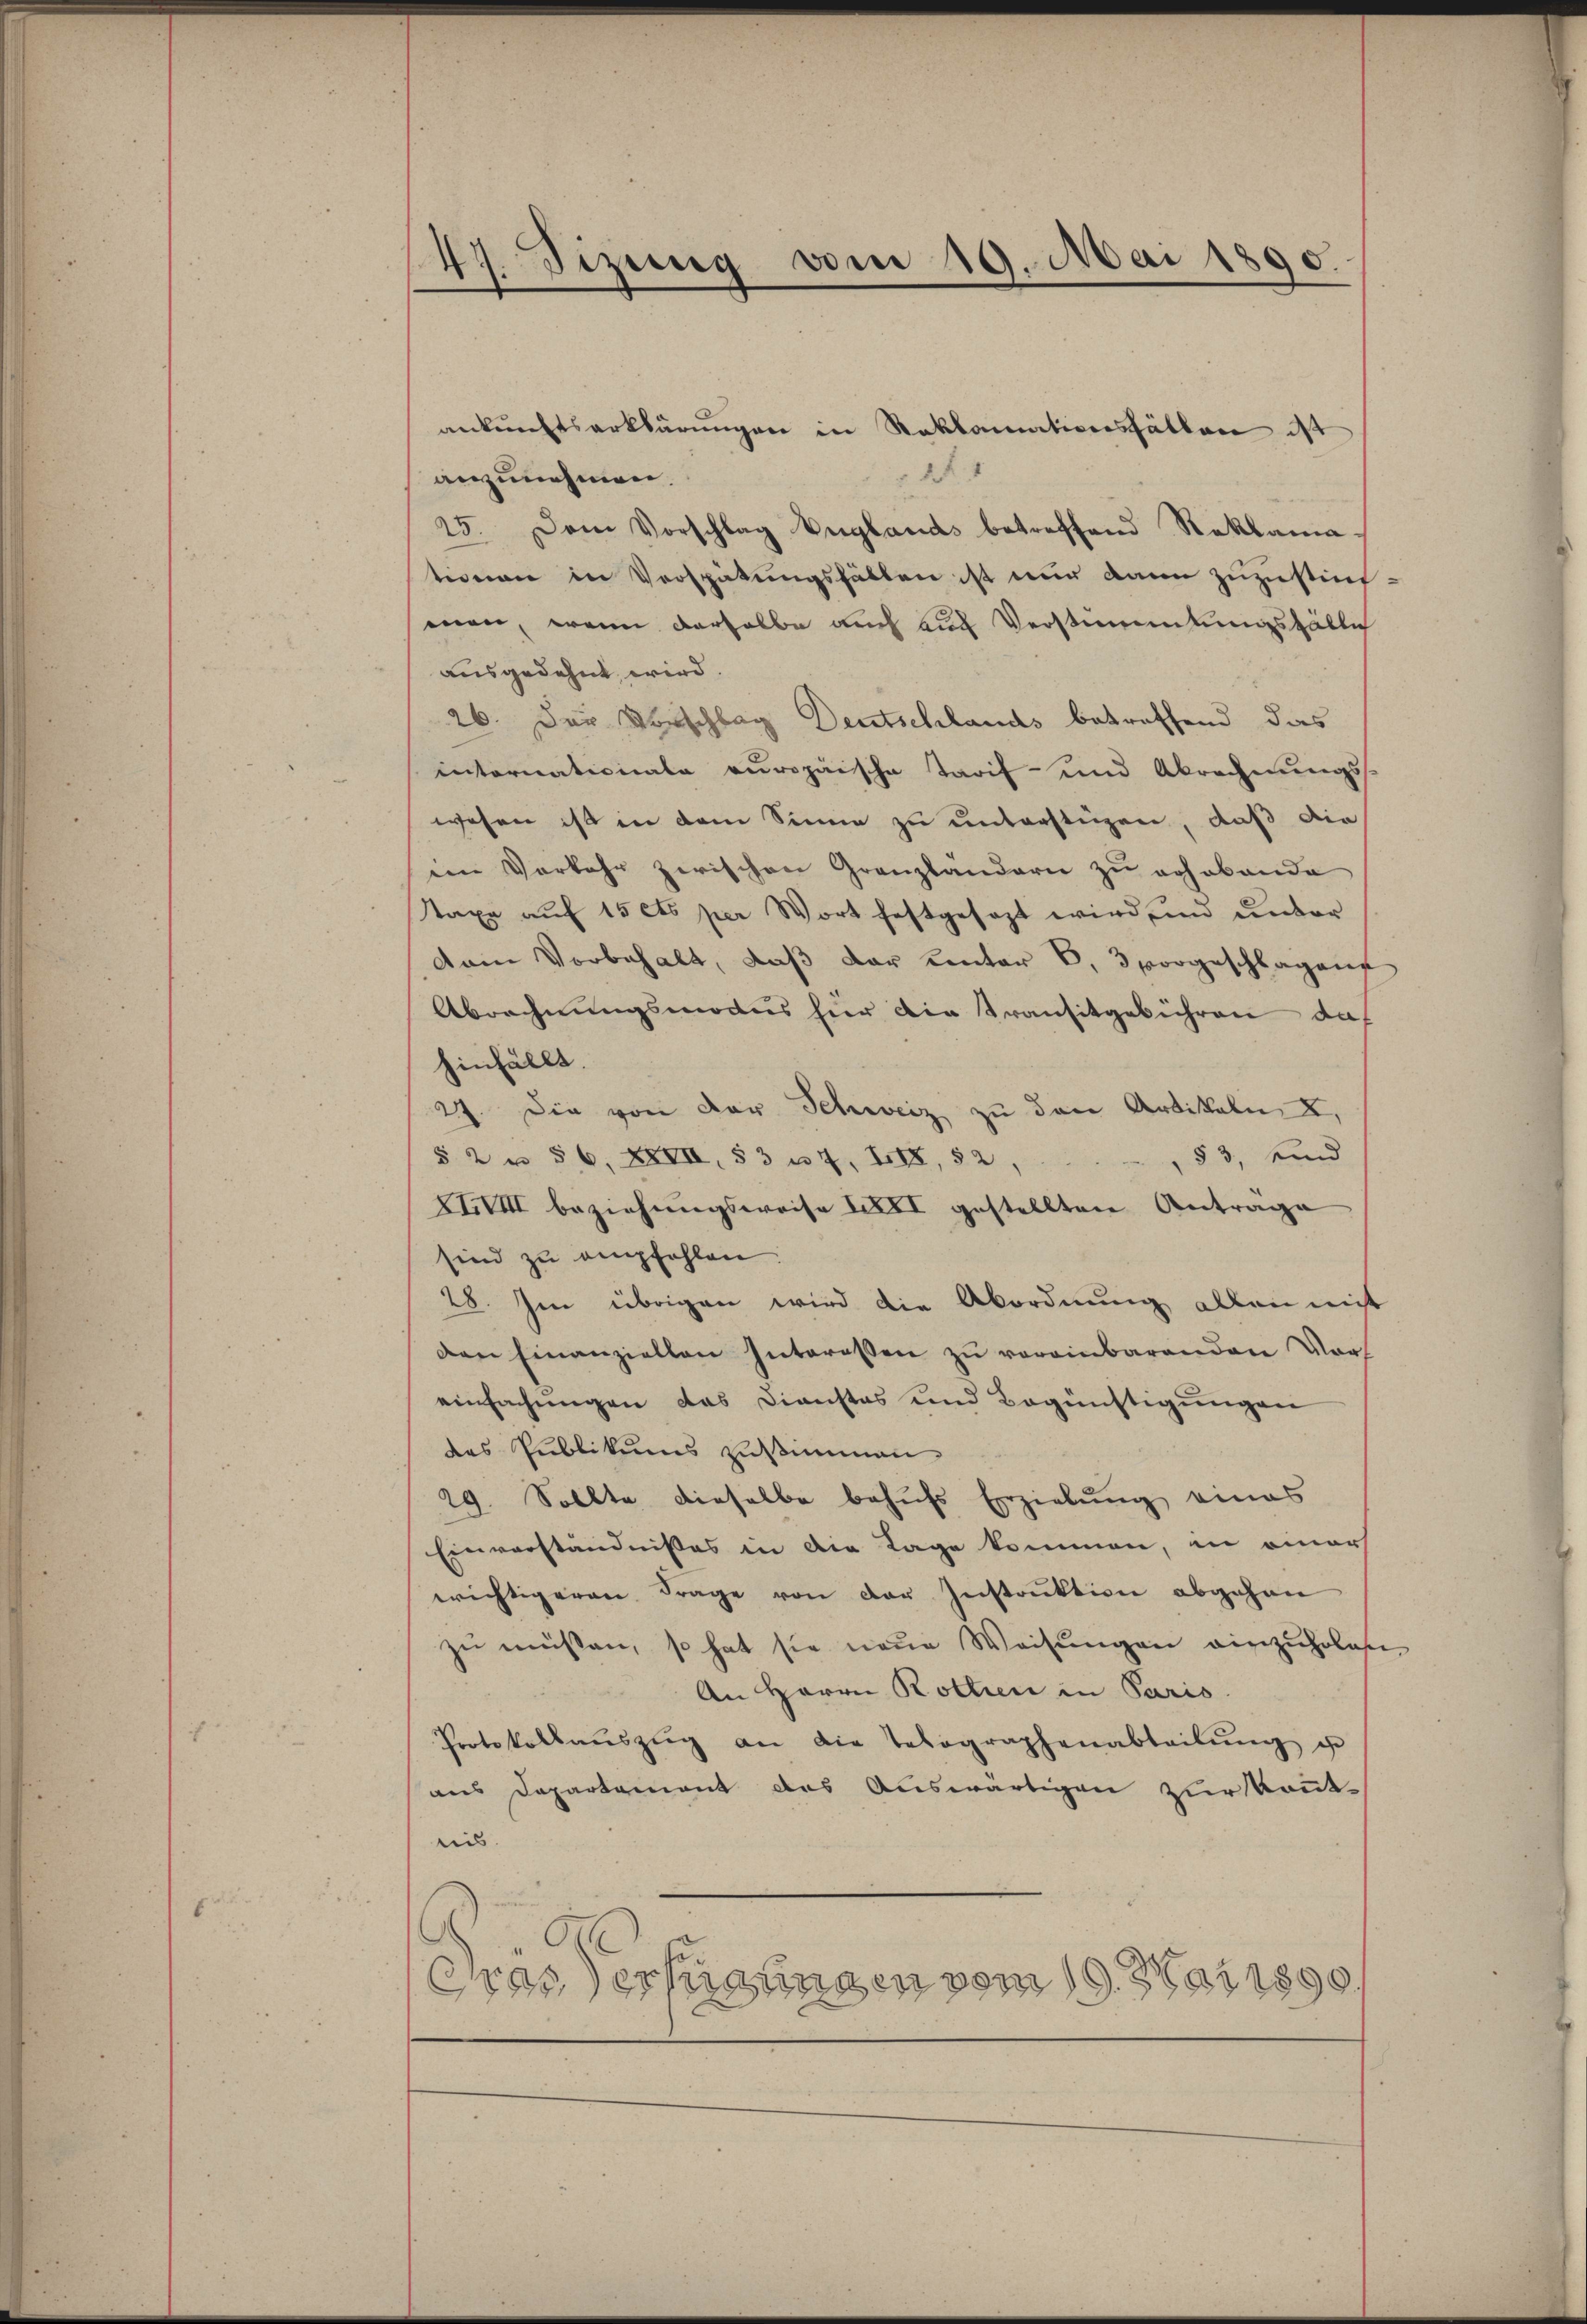
ankunftserklärungen in Reklamationsfällen ist
A.
anzunehmen.
25 Dem Vorschlag Englands betreffend Reklamationen in Verspätungsfällen ist nur dann zuzustim-
man, wenn derselbe auch auf Verstammlungsfälle
ausgedehnt wird.
26. Der Vorschlag Deutschlands betreffend das
intornationale europäische Tarif- und Abrechnungs-
wesen ist in dem Sinne zu unträftigen, daß die
im Verkehr zwischen Granzlandern zŭ erhabende
taxe auf 15 cts per Wort festgesezt wird und unter
dam Vorbehalt, daß der unter 6 3 vorgeschlagen
Abrechnungsmodus hier die Transitgebühren das
hinfällt.
27. Die von der Schweiz zu den Artikeln I,
83, und
§ 2 u 56, XXIII § 3 u. 7, XIX, 52,
XIII beziehungsweise der gestellten Antrage
sind zu empfehlen
28. Im übrigen wird die Abordnung allen mit
den Einanziellen Interessen zu vereinbarenden Vors
einfachungen das Dienstes und Begünstigungen
das Publikums zustimmen
29. Sollte dieselbe behufs Erzielung eines
Einverständnisses in die Lage kommen, in einer
wichtigeren Frage von der Instruktion abgehen
zu müssen, so hat sie neue Weisungen einzuholen,
An Herrn Rottien in Paris
Protokollaŭszŭg an die Telegraphenabteilŭng de
aus Departement des Auswärtigen zur konnt.
nis.
Das erfügungen vom 19. Mai 1890,

47. Sizung vom 19. Mai 1890.